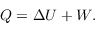
Q = \Delta U + W .